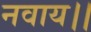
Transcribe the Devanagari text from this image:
नवाय।।